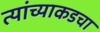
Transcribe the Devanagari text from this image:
त्यांच्याकडचा